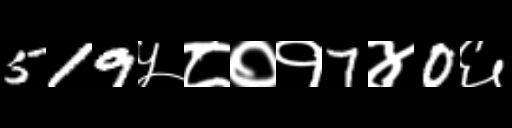
Text: 519५८०१7४0६